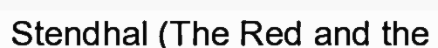
Stendhal (The Red and the